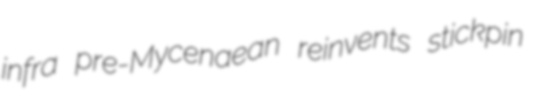
infra pre-Mycenaean reinvents stickpin